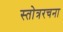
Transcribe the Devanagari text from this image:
स्तोत्ररचना